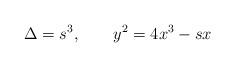
LaTeX: \begin{align*}\Delta=s^{3}, \qquad y^{2}=4x^{3}-sx \end{align*}